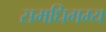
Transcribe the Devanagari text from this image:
समधिगम्य